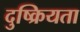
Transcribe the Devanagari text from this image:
दुष्क्रियता